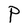
Character: P